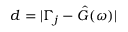
d = | \Gamma _ { j } - \hat { G } ( \omega ) |